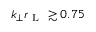
k _ { \perp } r _ { \mathrm { ~ L ~ } } \gtrsim 0 . 7 5